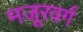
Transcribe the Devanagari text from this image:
मजूरवर्ग